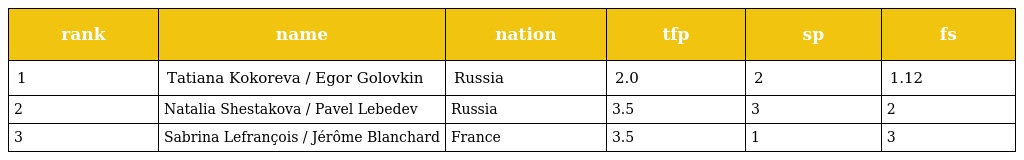
| rank | name | nation | tfp | sp | fs |
 | --- | --- | --- | --- | --- | --- |
 | 1 | Tatiana Kokoreva / Egor Golovkin | Russia | 2.0 | 2 | 1.12 |
 | 2 | Natalia Shestakova / Pavel Lebedev | Russia | 3.5 | 3 | 2 |
 | 3 | Sabrina Lefrançois / Jérôme Blanchard | France | 3.5 | 1 | 3 |